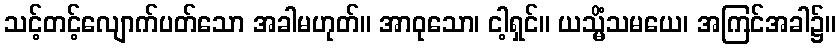
သင့်တင့်လျောက်ပတ်သော အခါမဟုတ်။ အာဝုသော၊ ငါ့ရှင်။ ယသ္မိံသမယေ၊ အကြင်အခါ၌။